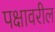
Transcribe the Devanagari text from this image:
पक्षावरील